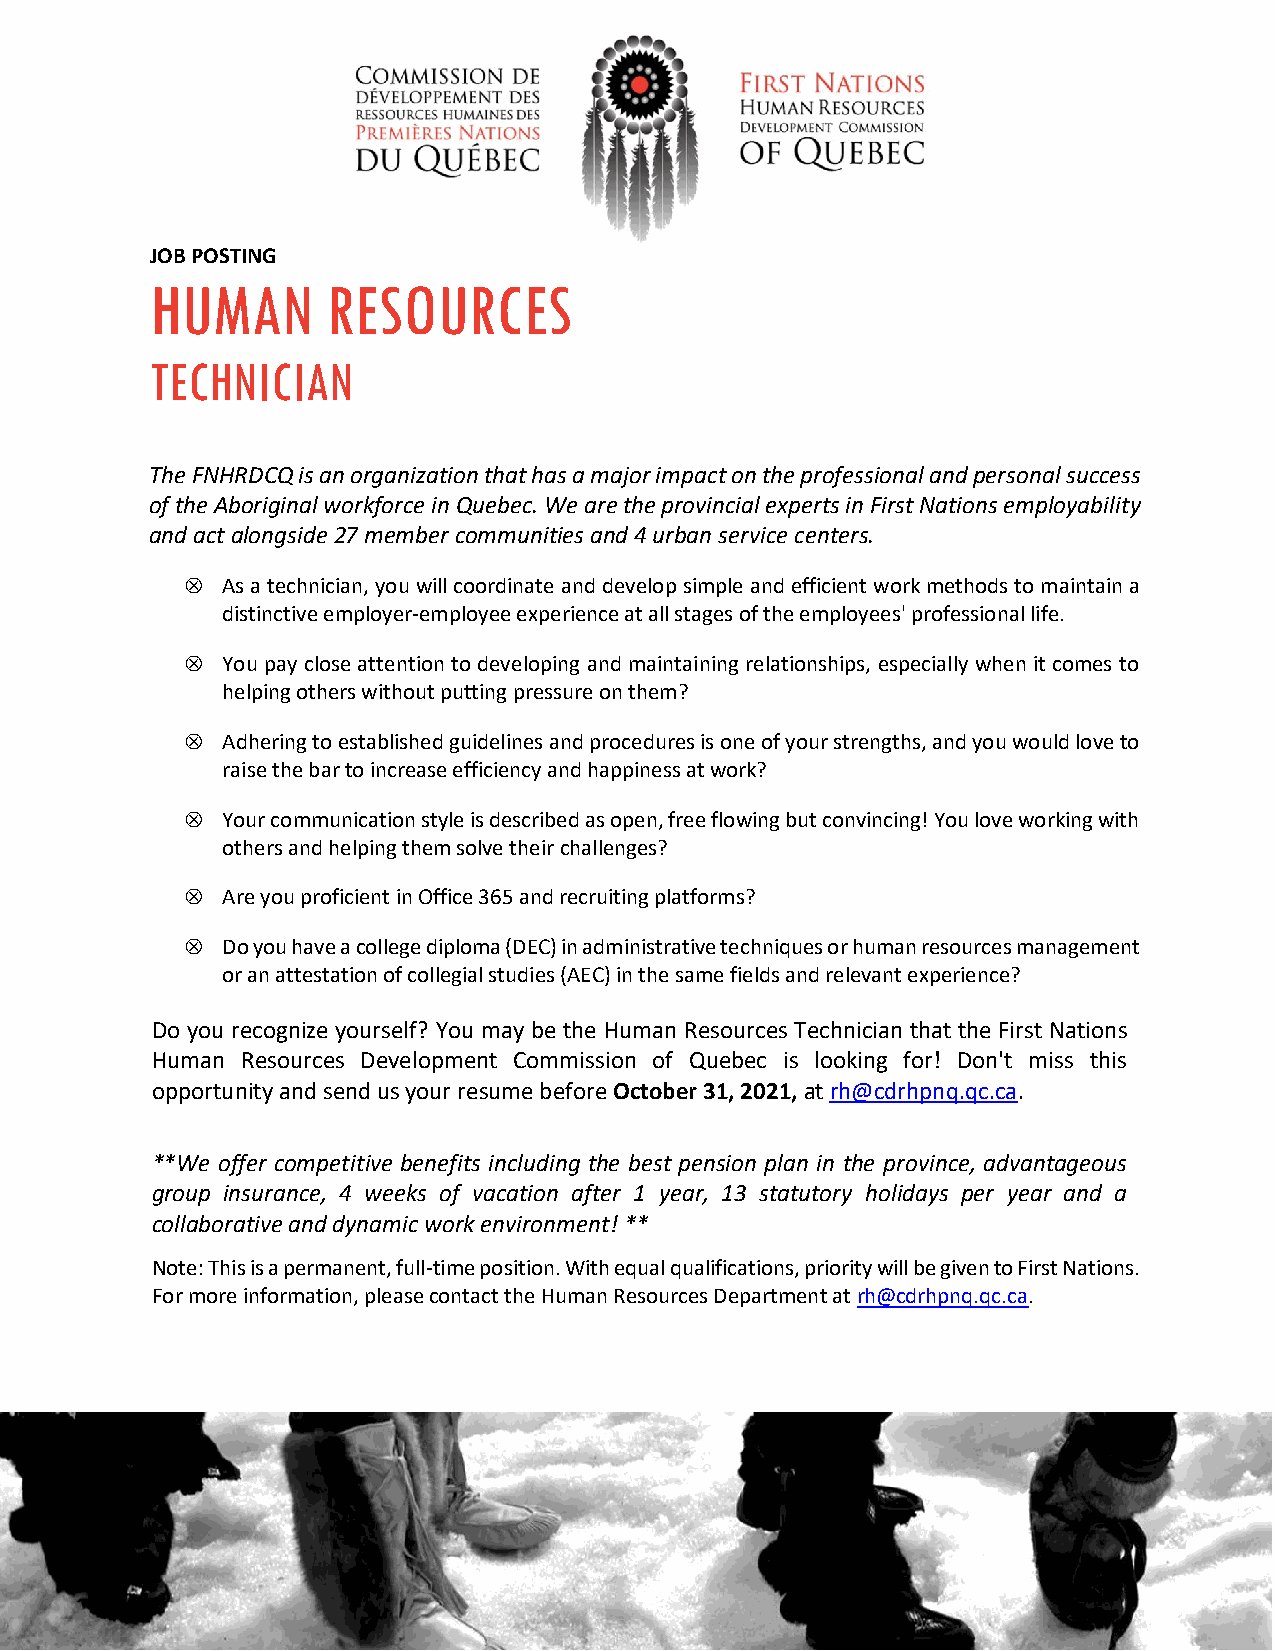
JOB POSTING
 HUMAN       RESOURCES
 TECHNICIAN
 The FNHRDCQ is an organization that has a major impact on the professional and personal success
 of the Aboriginal workforce in Quebec. We are the provincial experts in First Nations employability
 and act alongside 27 member communities and 4 urban service centers.
   As a technician, you will coordinate and develop simple and efficient work methods to maintain a
 distinctive employer-employee experience at all stages of the employees' professional life.
   You pay close attention to developing and maintaining relationships, especially when it comes to
 helping others without putting pressure on them?
   Adhering to established guidelines and procedures is one of your strengths, and you would love to
 raise the bar to increase efficiency and happiness at work?
   Your communication style is described as open, free flowing but convincing! You love working with
 others and helping them solve their challenges?
   Are you proficient in Office 365 and recruiting platforms?
   Do you have a college diploma (DEC) in administrative techniques or human resources management
 or an attestation of collegial studies (AEC) in the same fields and relevant experience?
 Do you recognize yourself? You may be the Human Resources Technician that the First Nations
 Human Resources Development Commission of Quebec is looking for! Don't miss this
 opportunity and send us your resume before October 31, 2021, at rh@cdrhpnq.qc.ca.
 **We offer competitive benefits including the best pension plan in the province, advantageous
 group insurance, 4 weeks of vacation after 1 year, 13 statutory holidays per year and a
 collaborative and dynamic work environment! **
 Note: This is a permanent, full-time position. With equal qualifications, priority will be given to First Nations.
 For more information, please contact the Human Resources Department at rh@cdrhpnq.qc.ca.